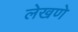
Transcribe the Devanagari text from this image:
लेखणे